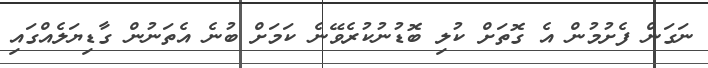
ނަގަން ފެށުމުން އެ ގޮތަށް ކުލި ބޮޑުނުކުރެވޭނެ ކަމަށް ބުނެ އެތަނުން ގާޑިޔަލެއްގައި